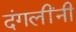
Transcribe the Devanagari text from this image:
दंगलींनी